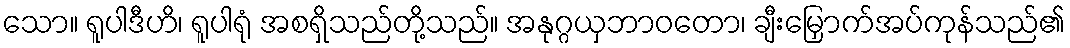
သော။ ရူပါဒီဟိ၊ ရူပါရုံ အစရှိသည်တို့သည်။ အနုဂ္ဂယှဘာဝတော၊ ချီးမြှောက်အပ်ကုန်သည်၏